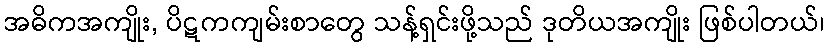
အဓိကအကျိုး, ပိဋကကျမ်းစာတွေ သန့်ရှင်းဖို့သည် ဒုတိယအကျိုး ဖြစ်ပါတယ်၊